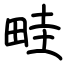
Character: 畦